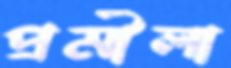
প্রমীলা